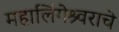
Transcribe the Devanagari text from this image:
महालिंगेश्र्वराचे